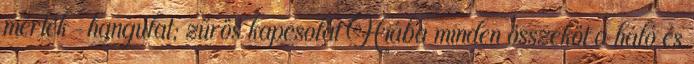
mérték-hangulat; zűrös kapcsolat Hiába minden összeköt a háló és